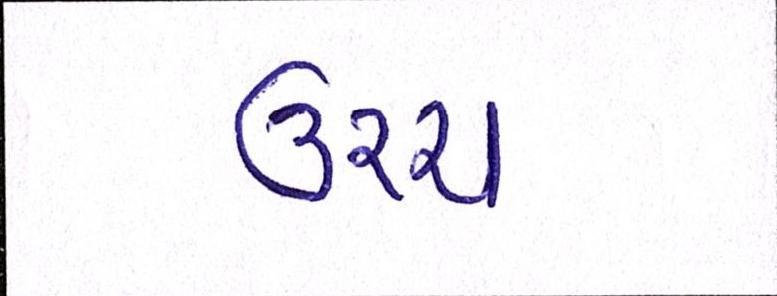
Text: ઉચ્ચ